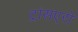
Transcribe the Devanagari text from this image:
ट्रांसएरो